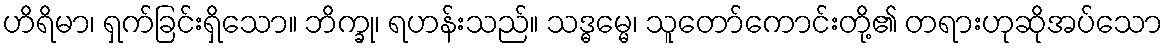
ဟိရိမာ၊ ရှက်ခြင်းရှိသော။ ဘိက္ခု၊ ရဟန်းသည်။ သဒ္ဓမ္မေ၊ သူတော်ကောင်းတို့၏ တရားဟုဆိုအပ်သော